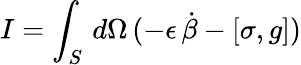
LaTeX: I=\int_{S}\, d\Omega\, (-\epsilon\, \dot{\beta}-[\sigma,g])